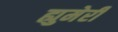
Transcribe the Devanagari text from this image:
ह्युमेरी